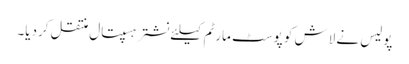
پولیس نے لاش کو پوسٹ مارٹم کیلئے نشتر ہسپتال منتقل کردیا۔